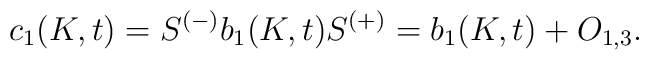
c_{1}(K,t)=S^{(-)}b_{1}(K,t)S^{(+)}=b_{1}(K,t)+O_{1,3}.